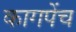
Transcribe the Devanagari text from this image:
कागपेंच